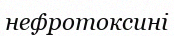
нефротоксині